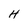
Character: H